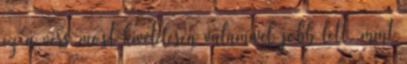
ez a vers most kivételesen valamivel jobb lett, mint